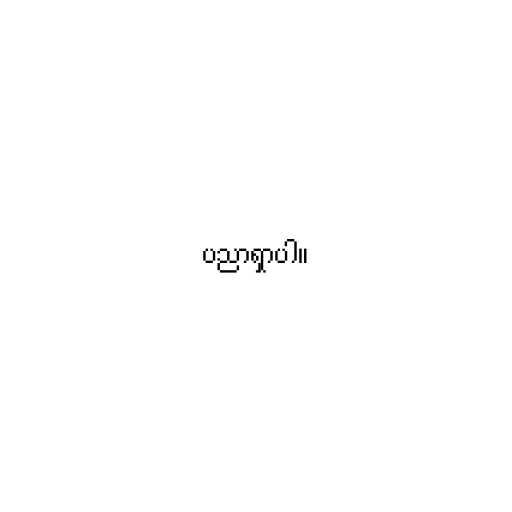
ပညာရှာပါ။